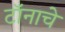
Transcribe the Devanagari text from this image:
टॉनाचे